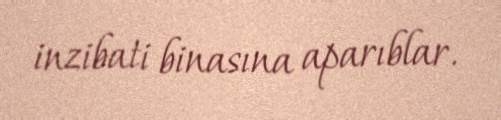
inzibati binasına aparıblar.